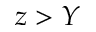
z > Y